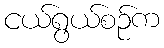
ငယ်ရွယ်စဉ်က